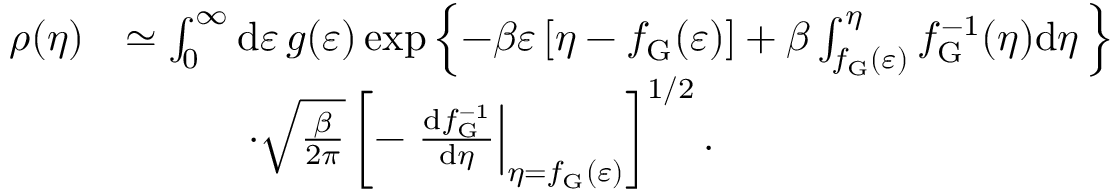
\begin{array} { r l } { \rho ( \eta ) } & { \simeq \int _ { 0 } ^ { \infty } \mathrm { d } \varepsilon \, g ( \varepsilon ) \exp \left\lbrace - \beta \varepsilon \left[ \eta - f _ { \mathrm { G } } ( \varepsilon ) \right] + \beta \int _ { f _ { \mathrm { G } } ( \varepsilon ) } ^ { \eta } f _ { \mathrm { G } } ^ { - 1 } ( \eta ) \mathrm { d } \eta \, \right\rbrace } \\ & { \quad \quad \quad \cdot \sqrt { \frac { \beta } { 2 \pi } } \left[ - \left. \frac { \mathrm { d } f _ { \mathrm { G } } ^ { - 1 } } { \mathrm { d } \eta } \right| _ { \eta = f _ { \mathrm { G } } ( \varepsilon ) } \right] ^ { 1 / 2 } . } \end{array}